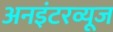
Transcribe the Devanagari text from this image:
अनइंटरव्यूज